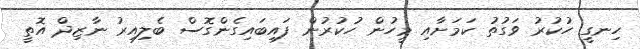
ހިނގީ ހުކުރު ވަގުތު ކަމަށާއި މީހުން ހުކުރުން ފައިބައިގެންގޮސް ބެލިއިރު ނާޒިދް އޮތީ